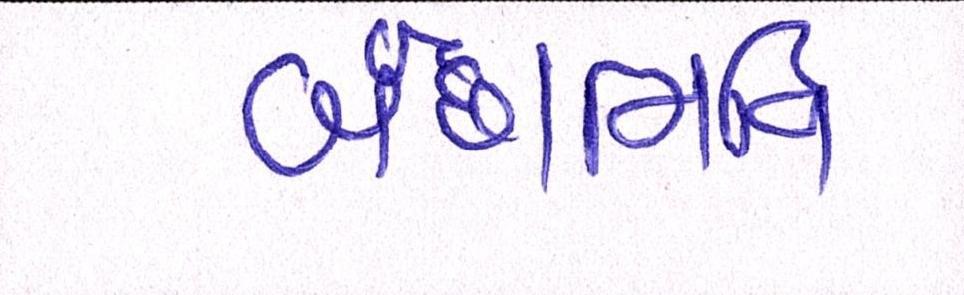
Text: બંછાનિધિ